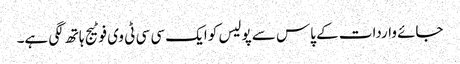
جائے واردات کے پاس سے پولیس کو ایک سی سی ٹی وی فوٹیج ہاتھ لگی ہے۔